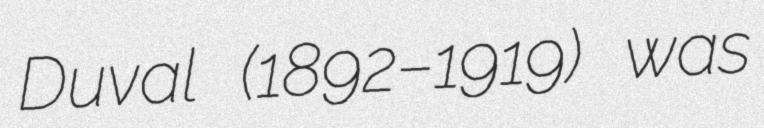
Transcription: Duval (1892–1919) was